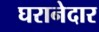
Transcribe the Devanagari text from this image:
घरानेदार